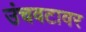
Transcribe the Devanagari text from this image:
उंचवटावर